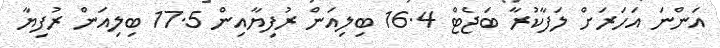
އަންނަ އަހަރަށް ލަފާކުރާ ބަޖެޓް 16.4 ބިލިއަން ރުފިޔާއިން 17.5 ބިލިއަން ރުފިޔާ